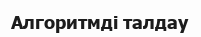
Алгоритмді талдау